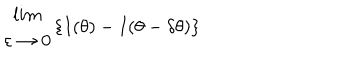
\begin{array} { c } { { l i m } } \\ { { \varepsilon \rightarrow 0 } } \\ \end{array} \{ I ( \theta ) - I ( \theta - \delta \theta ) \}